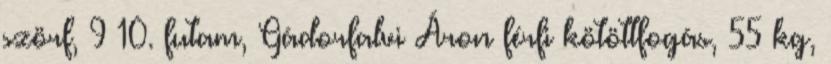
szörf, 9–10. futam, Gádorfalvi Áron férfi kötöttfogás, 55 kg,